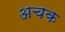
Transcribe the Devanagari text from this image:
अचक